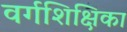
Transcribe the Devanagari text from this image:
वर्गशिक्षिका